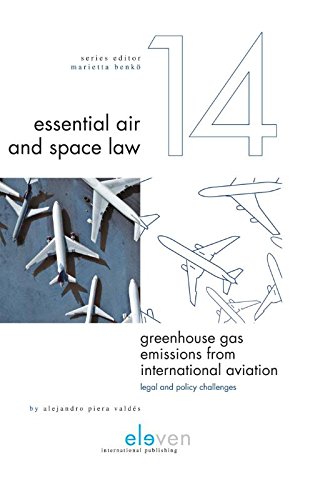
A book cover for Greenhouse Gas Emissions from International Aviation: Legal and Policy Challenges (Essential Air and Space Law); Alejandro Piera Valdes; Law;